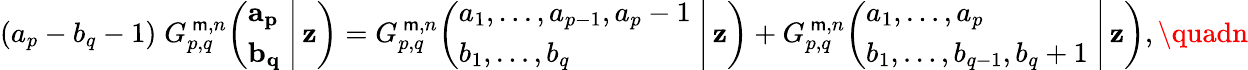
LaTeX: (a_{p}-b_{q}-1)\; G_{p,q}^{\, \mathsf{m},n}\! \left(\left.{\begin{array}{l}{\mathbf{a_{p}}}\\ {\mathbf{b_{q}}}\end{array}}\; \right|\, \mathbf{z}\right)=G_{p,q}^{\, \mathsf{m},n}\! \left(\left.{\begin{array}{l}{a_{1},\dots,a_{p-1},a_{p}-1}\\ {b_{1},\dots,b_{q}}\end{array}}\; \right|\, \mathbf{z}\right)+G_{p,q}^{\, \mathsf{m},n}\! \left(\left.{\begin{array}{l}{a_{1},\dots,a_{p}}\\ {b_{1},\dots,b_{q-1},b_{q}+1}\end{array}}\; \right|\, \mathbf{z}\right),\quadn